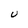
Character: U